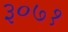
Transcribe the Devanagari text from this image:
३०७१